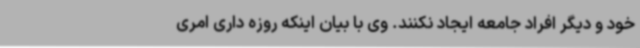
خود و دیگر افراد جامعه ایجاد نکنند. وی با بیان اینکه روزه داری امری